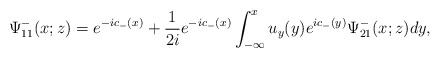
\begin{align*}\Psi^-_{11}(x;z)=e^{-ic_-(x)}+\frac{1}{2i} e^{-ic_-(x)} \int_{-\infty}^x u_y(y) e^{ic_-(y)}\Psi^-_{21}(x;z) dy,\end{align*}